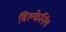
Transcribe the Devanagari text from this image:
विल्केनिंग